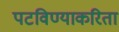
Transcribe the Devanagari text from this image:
पटविण्याकरिता